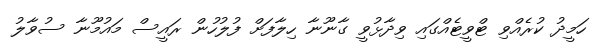
ހަމީދު ކުރެއްވި ޓްވީޓެއްގައި ވިދާޅުވީ ގާނޫނާ ހިލާފަށް ފުލުހުން ރައީސް މައުމޫނާ ސުވާލު